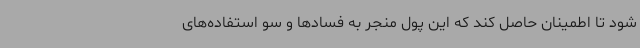
شود تا اطمینان حاصل کند که این پول منجر به فسادها و سو استفاده‌های